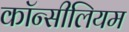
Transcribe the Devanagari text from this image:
कॉन्सीलियम